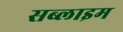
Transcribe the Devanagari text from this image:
सब्लाइम